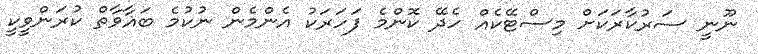
ނޫނީ ސަރުކާރަކަށް މިސްޓޭކެއް ހެދޭ ކޮންމެ ފަހަރަކު އެންމެން ނުކުމެ ބަޣާވާތް ކުރަންވީކީ